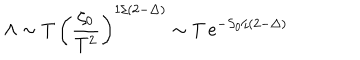
\Lambda \sim T \, \left( \frac { \zeta _ { 0 } } { T ^ { 2 } } \right) ^ { 1 / ( 2 - \Delta ) } \sim T \, e ^ { - S _ { 0 } / ( 2 - \Delta ) }